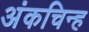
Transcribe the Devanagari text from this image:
अंकचिन्ह